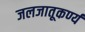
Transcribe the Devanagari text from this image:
जलजातूकर्ण्य